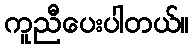
ကူညီပေးပါတယ်။